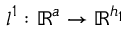
l ^ { 1 } : \mathbb { R } ^ { a } \rightarrow \mathbb { R } ^ { h _ { 1 } }